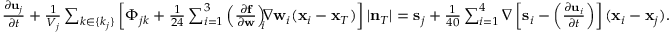
\begin{array} { r } { \frac { \partial { \bf u } _ { j } } { \partial t } + \frac { 1 } { V _ { j } } \sum _ { k \in \{ k _ { j } \} } \left[ \Phi _ { j k } + \frac { 1 } { 2 4 } \sum _ { i = 1 } ^ { 3 } \left( \frac { \partial { \bf f } } { \partial { \bf w } } \right) _ { \! \! i } \! \! \nabla { \bf w } _ { i } ( { \bf x } _ { i } - { \bf x } _ { T } ) \right] | { \bf n } _ { T } | = { \bf s } _ { j } + \frac { 1 } { 4 0 } \sum _ { i = 1 } ^ { 4 } \nabla \left[ { \bf s } _ { i } - \left( \frac { \partial { \bf u } _ { i } } { \partial t } \right) \right] ( { \bf x } _ { i } - { \bf x } _ { j } ) . } \end{array}